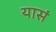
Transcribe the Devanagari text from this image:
यासं